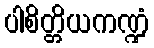
ပါစိတ္တိယကဏ္ဍံ